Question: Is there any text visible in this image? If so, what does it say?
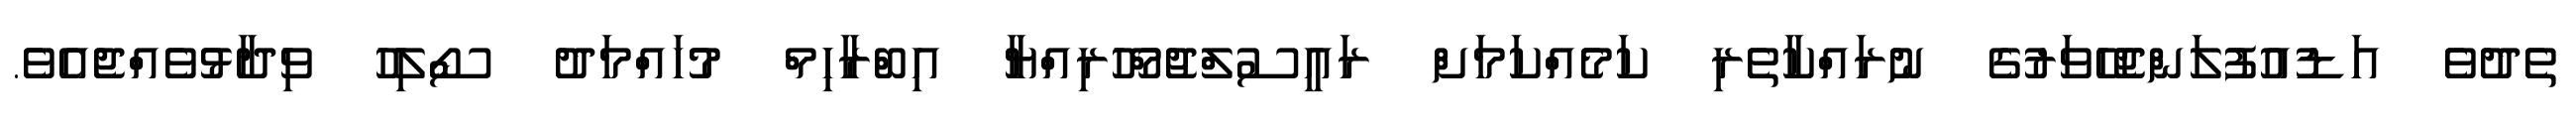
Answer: ތެދުވެ އަޑުއުފުލަންޖެހޭވަރުގެ ނުރައްކާތެރި ކަމެއްކަމަށް ރައީސުލްޖުމްހޫރިއްޔާ އިބްރާހިމް މުހައްމަދު ސޯލިހު ވިދާޅުވެއްޖެއެވެ.